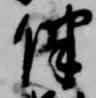
伴